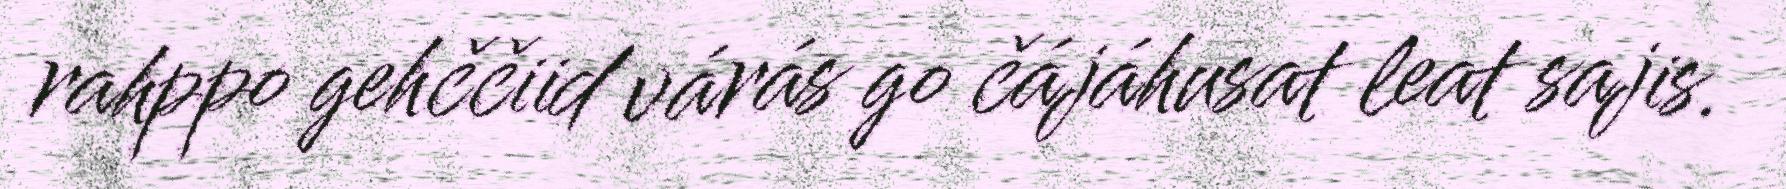
rahppo gehččiid várás go čájáhusat leat sajis.